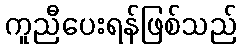
ကူညီပေးရန်ဖြစ်သည်